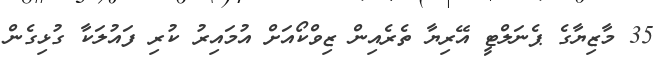
35 މާޒިޔާގެ ޕެނަލްޓީ އޭރިޔާ ތެރެއިން ޒިވްކޯއަށް އުމައިރު ކުރި ފައުލަކާ ގުޅިގެން